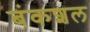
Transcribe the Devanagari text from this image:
बंकशल